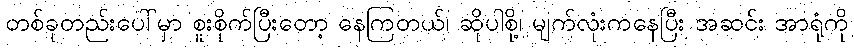
တစ်ခုတည်းပေါ်မှာ စူးစိုက်ပြီးတော့ နေကြတယ်၊ ဆိုပါစို့၊ မျက်လုံးကနေပြီး အဆင်း အာရုံကို